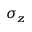
\sigma _ { z }